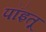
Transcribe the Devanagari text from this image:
पॉइतू